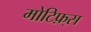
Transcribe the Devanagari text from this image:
मोटिफ़्स